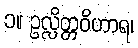
၁။ ဥလ္လိတ္တဝိဟာရ၊